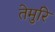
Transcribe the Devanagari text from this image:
तेमुरि